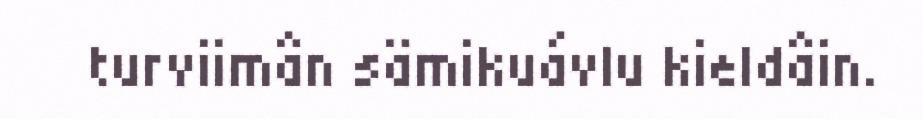
turviimân sämikuávlu kieldâin.